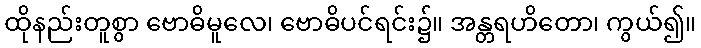
ထိုနည်းတူစွာ ဗောဓိမူလေ၊ ဗောဓိပင်ရင်း၌။ အန္တရဟိတော၊ ကွယ်၍။